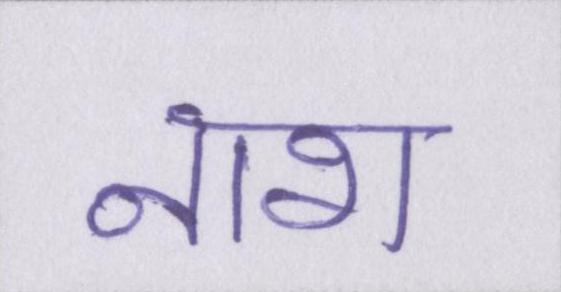
नाश